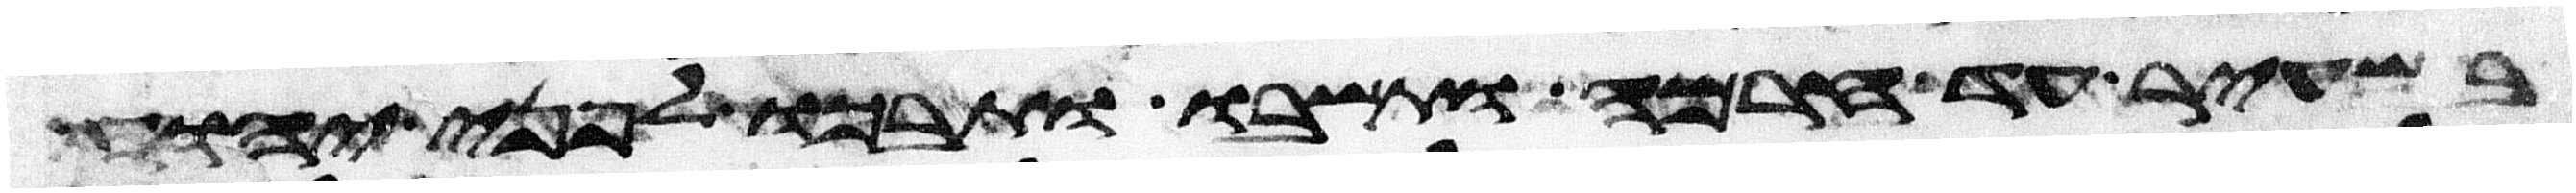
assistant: בשעיר עד חרמה ותשבו ותבכו לפני יהוה